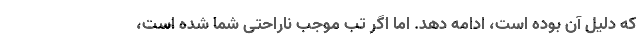
که دلیل آن بوده است، ادامه دهد. اما اگر تب موجب ناراحتی شما شده است،